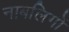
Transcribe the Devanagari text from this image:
नाबलिगों